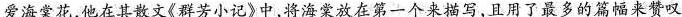
爱海棠花，他在其散文《群芳小记》中，将海棠放在第一个来描写，且用了最多的篇幅来赞叹